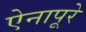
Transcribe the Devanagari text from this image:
ऐनापूरे